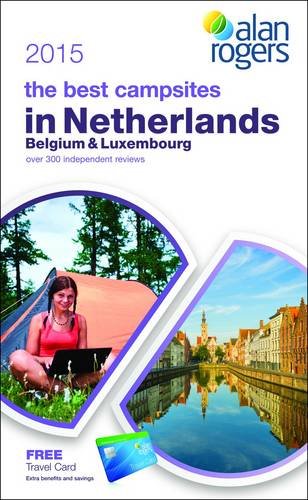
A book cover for Alan Rogers - The Best Campsites in Netherlands, Belgium & Luxembourg 2015; Travel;